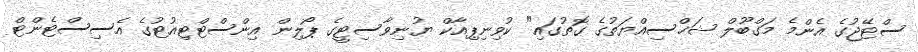
ސްޓޭޖުގެ އެންމެ މަގްބޫލް ޝަޚްސިއްޔަތުގެ ގޮތުގައި" ކުވިނިޕިއާކް ޔުނިވާސިޓީގެ ޕޯލިން އިންސްޓްޓިއުޓުގެ އެސިސްޓެންޓް